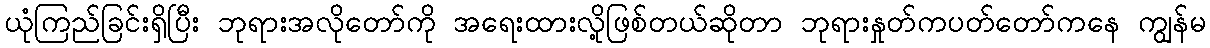
ယုံကြည်ခြင်းရှိပြီး ဘုရားအလိုတော်ကို အရေးထားလို့ဖြစ်တယ်ဆိုတာ ဘုရားနှုတ်ကပတ်တော်ကနေ ကျွန်မ